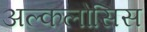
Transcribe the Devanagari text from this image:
अल्कलोसिस